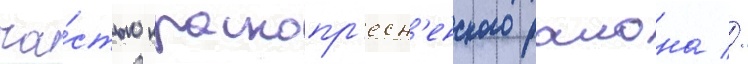
ча́стью краснопр'есн'енского раиона //